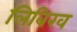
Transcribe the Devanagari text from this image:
लिबिख